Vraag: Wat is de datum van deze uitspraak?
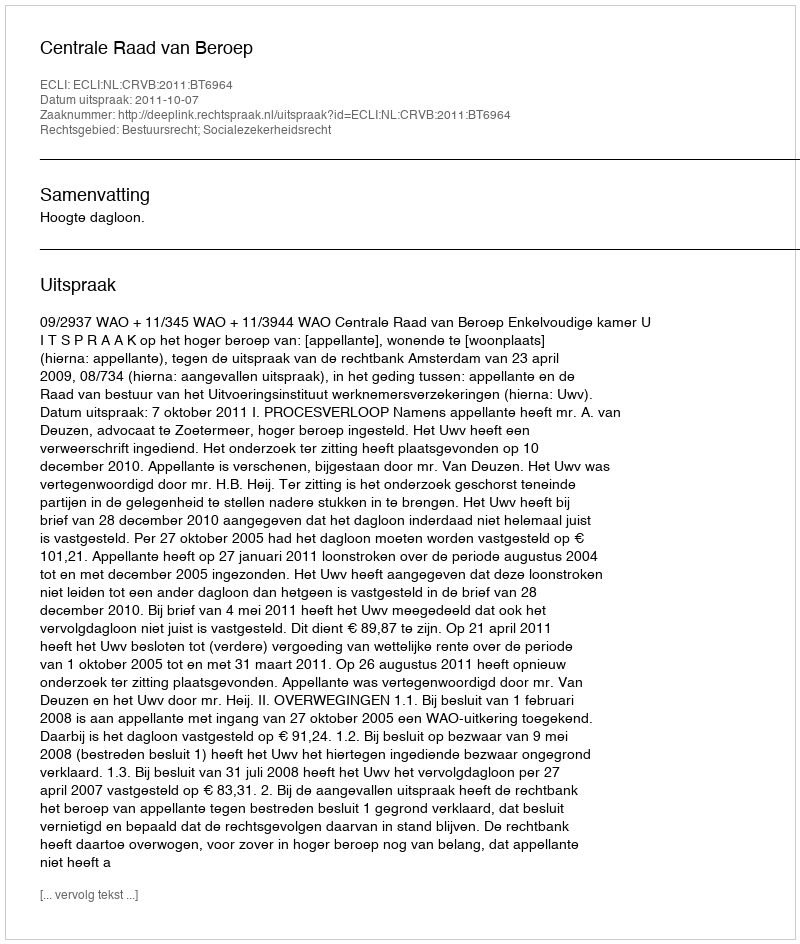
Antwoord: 2011-10-07